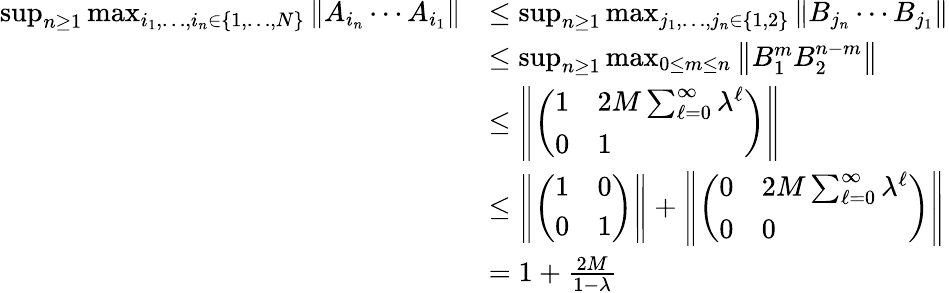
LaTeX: \begin{array}{rl}{\operatorname*{sup}_{n\geq 1}\operatorname*{max}_{i_{1},\ldots,i_{n}\in\{ 1,\ldots,N\} }\left\| A_{i_{n}}\cdots A_{i_{1}}\right\| }&{\leq\operatorname*{sup}_{n\geq 1}\operatorname*{max}_{j_{1},\ldots,j_{n}\in\{ 1,2\} }\left\| B_{j_{n}}\cdots B_{j_{1}}\right\| }\\ &{\leq\operatorname*{sup}_{n\geq 1}\operatorname*{max}_{0\leq m\leq n}\left\| B_{1}^{m}B_{2}^{n-m}\right\| }\\ &{\leq\left\| \left(\begin{array}{ll}{1}&{2M\sum_{\ell=0}^{\infty}\lambda^{\ell}}\\ {0}&{1}\end{array}\right)\right\| }\\ &{\leq\left\| \left(\begin{array}{ll}{1}&{0}\\ {0}&{1}\end{array}\right)\right\| +\left\| \left(\begin{array}{ll}{0}&{2M\sum_{\ell=0}^{\infty}\lambda^{\ell}}\\ {0}&{0}\end{array}\right)\right\| }\\ &{=1+\frac{2M}{1-\lambda}}\end{array}